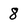
Character: 8